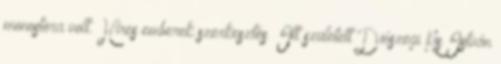
monostora volt. Híres emberek szerkesztés Itt született Diószegi Kis István